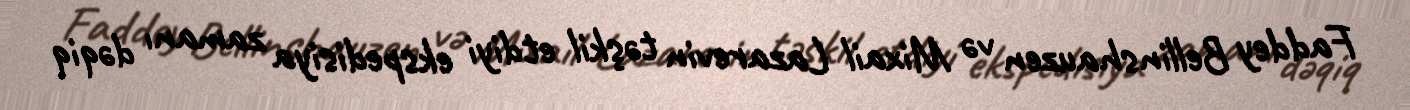
Faddey Bellinshauzen və Mixail Lazarevin təşkil etdiyi ekspedisiya zamanı dəqiq